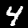
Label: 4